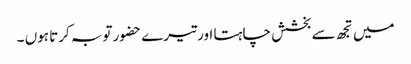
میں تجھ سے بخشش چاہتا اور تیرے حضور توبہ کرتا ہوں ۔